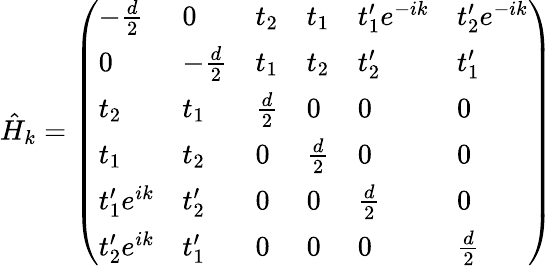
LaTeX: \hat{H}_{k}=\left(\begin{array}{llllll}{-\frac{d}{2}}&{0}&{t_{2}}&{t_{1}}&{t_{1}^{\prime}e^{-ik}}&{t_{2}^{\prime}e^{-ik}}\\ {0}&{-\frac{d}{2}}&{t_{1}}&{t_{2}}&{t_{2}^{\prime}}&{t_{1}^{\prime}}\\ {t_{2}}&{t_{1}}&{\frac{d}{2}}&{0}&{0}&{0}\\ {t_{1}}&{t_{2}}&{0}&{\frac{d}{2}}&{0}&{0}\\ {t_{1}^{\prime}e^{ik}}&{t_{2}^{\prime}}&{0}&{0}&{\frac{d}{2}}&{0}\\ {t_{2}^{\prime}e^{ik}}&{t_{1}^{\prime}}&{0}&{0}&{0}&{\frac{d}{2}}\end{array}\right)